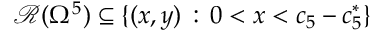
\mathcal { R } ( \Omega ^ { 5 } ) \subseteq \{ ( x , y ) \, : \, 0 < x < c _ { 5 } - c _ { 5 } ^ { * } \}